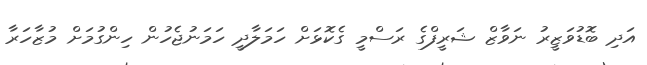
އަދި ބޮޑުވަޒީރު ނަވާޒް ޝަރީފްގެ ރަސްމީ ގެކޮޅަށް ހަމަލާދީ ހަމަނުޖެހުން ހިންގުމަށް މުޒާހަރާ